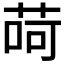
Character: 𦱕